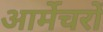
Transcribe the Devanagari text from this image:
आर्मेचरों